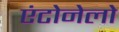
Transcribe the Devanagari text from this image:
एंटोनेलो